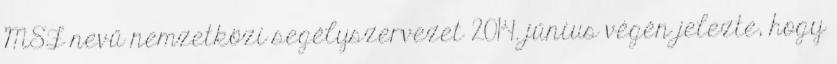
MSF nevű nemzetközi segélyszervezet 2014. június végén jelezte, hogy